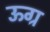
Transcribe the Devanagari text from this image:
ऊग्र